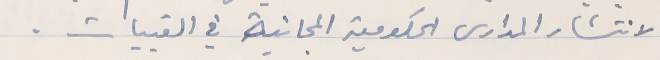
لانتشار المدارس الحكومية المجانية في القبيات.